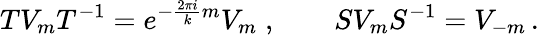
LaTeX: TV_{m}T^{-1}=e^{-\frac{2\pi i}{k}m}V_{m}\; ,\qquad SV_{m}S^{-1}=V_{-m}\, .